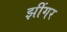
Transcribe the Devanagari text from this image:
झींगर